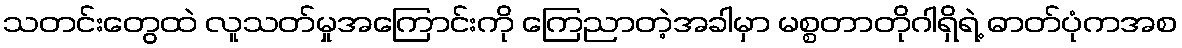
သတင်းတွေထဲ လူသတ်မှုအကြောင်းကို ကြေညာတဲ့အခါမှာ မစ္စတာတိုဂါရှိရဲ့ ဓာတ်ပုံကအစ